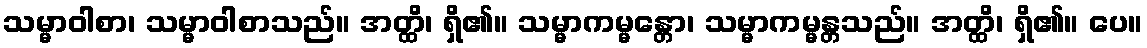
သမ္မာဝါစာ၊ သမ္မာဝါစာသည်။ အတ္ထိ၊ ရှိ၏။ သမ္မာကမ္မန္တော၊ သမ္မာကမ္မန္တသည်။ အတ္ထိ၊ ရှိ၏။ ပေ။